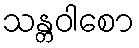
သန္တဝါစော